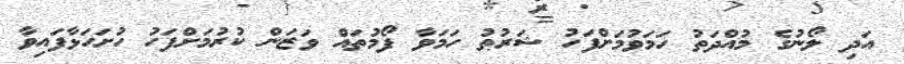
އަދި ލޯނުގެ މުއްދަތު ހަމަވުމަށްފަހު ޝަރުޠު ހަމަވާ ފޯމުތައް ވަޒަން ކުރުމަށްފަހު ހުށަހަޅާފައިވާ